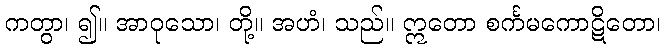
ကတွာ၊ ၍။ အာဝုသော၊ တို့။ အဟံ၊ သည်။ ဣတော စင်္ကမကောဋိတော၊